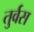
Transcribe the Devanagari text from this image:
तुर्वस